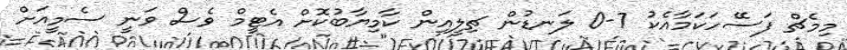
މިމެޗް ފަސޭހަކަމާއެކު 7-0 ލަނޑުން ޗިލީއިން ކާމިޔާބުކޮށް އެޓީމް ވެސް ވަނީ ސެމީއަށް